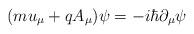
LaTeX: \begin{align*}(mu_\mu +qA_\mu )\psi =-i\hbar \partial _\mu \psi \end{align*}